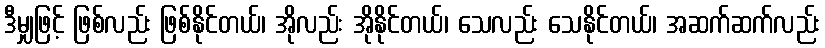
ဒီမျှဖြင့် ဖြစ်လည်း ဖြစ်နိုင်တယ်၊ အိုလည်း အိုနိုင်တယ်၊ သေလည်း သေနိုင်တယ်၊ အဆက်ဆက်လည်း